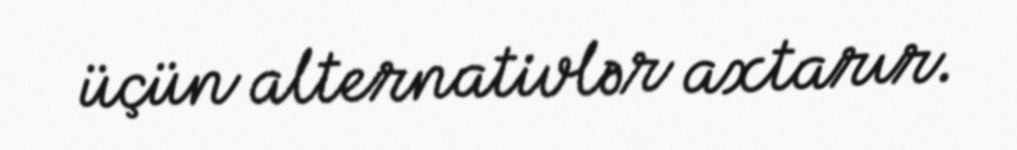
üçün alternativlər axtarır.